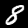
Digit: 8